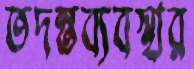
তদন্তব্যবস্থার